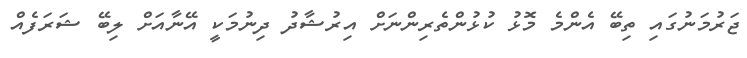
ޖަރުމަނުގައި ތިބޭ އެންމެ މޮޅު ކުޅުންތެރިންނަށް އިރުޝާދު ދިނުމަކީ އޭނާއަށް ލިބޭ ޝަރަފެއް